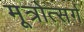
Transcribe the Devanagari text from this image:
मूत्रोत्सर्ग